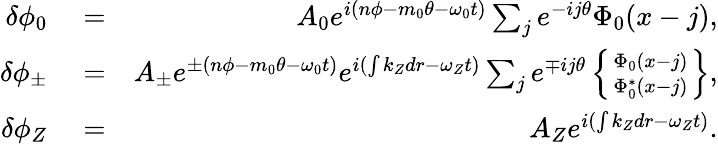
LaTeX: \begin{array}{rlr}{\delta\phi_{0}}&{{}=}&{A_{0}e^{i(n\phi-m_{0}\theta-\omega_{0}t)}\sum_{j}e^{-ij\theta}\Phi_{0}(x-j),}\\ {\delta\phi_{\pm}}&{{}=}&{A_{\pm}e^{\pm(n\phi-m_{0}\theta-\omega_{0}t)}e^{i(\int k_{Z}dr-\omega_{Z}t)}\sum_{j}e^{\mp ij\theta}\left\{ \Phi_{0}(x-j)\atop\Phi_{0}^{*}(x-j)\right\} ,}\\ {\delta\phi_{Z}}&{{}=}&{A_{Z}e^{i(\int k_{Z}dr-\omega_{Z}t)}.}\end{array}